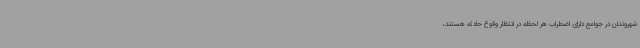
شهروندان در جوامع دارای اضطراب هر لحظه در انتظار وقوع حادثه هستند،